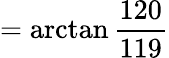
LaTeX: =\arctan{\frac{120}{119}}